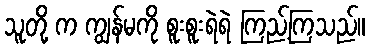
သူတို့ က ကျွန်မကို စူးစူးရဲရဲ ကြည့်ကြသည်။